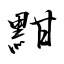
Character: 黚